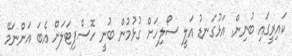
ކައިރީގައި ބުނިން. އަޅުގަނޑު އަލީ ސޯލިހަށް ގުޅުމުން ބުނީ ހޮސްޕިޓަލަށް އެބަ އަންނަމޭ